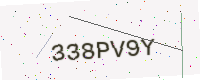
Text: 338PV9Y